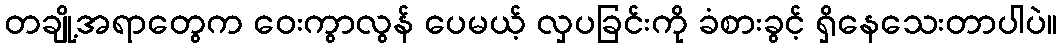
တချို့အရာတွေက ဝေးကွာလွန် ပေမယ့် လှပခြင်းကို ခံစားခွင့် ရှိနေသေးတာပါပဲ။